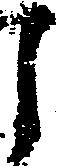
之